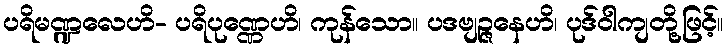
ပရိမဏ္ဍလေဟိ- ပရိပုဏ္ဏေဟိ၊ ကုန်သော။ ပဒဗျဉ္ဇနေဟိ၊ ပုဒ်ဝါကျတို့ဖြင့်။